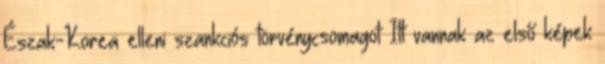
Észak-Korea elleni szankciós törvénycsomagot Itt vannak az első képek